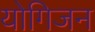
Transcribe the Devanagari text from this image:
योगिजन